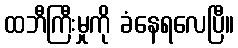
ထဘီကြီးမှုကို ခံနေရလေပြီ။